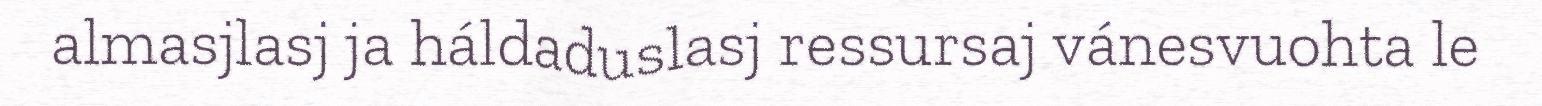
almasjlasj ja háldaduslasj ressursaj vánesvuohta le